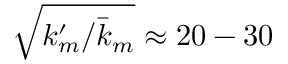
\sqrt { k _ { m } ^ { \prime } / \bar { k } _ { m } } \approx 2 0 - 3 0